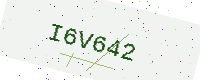
Text: I6V642